Scottish Leaving Certificate Examination, 1952
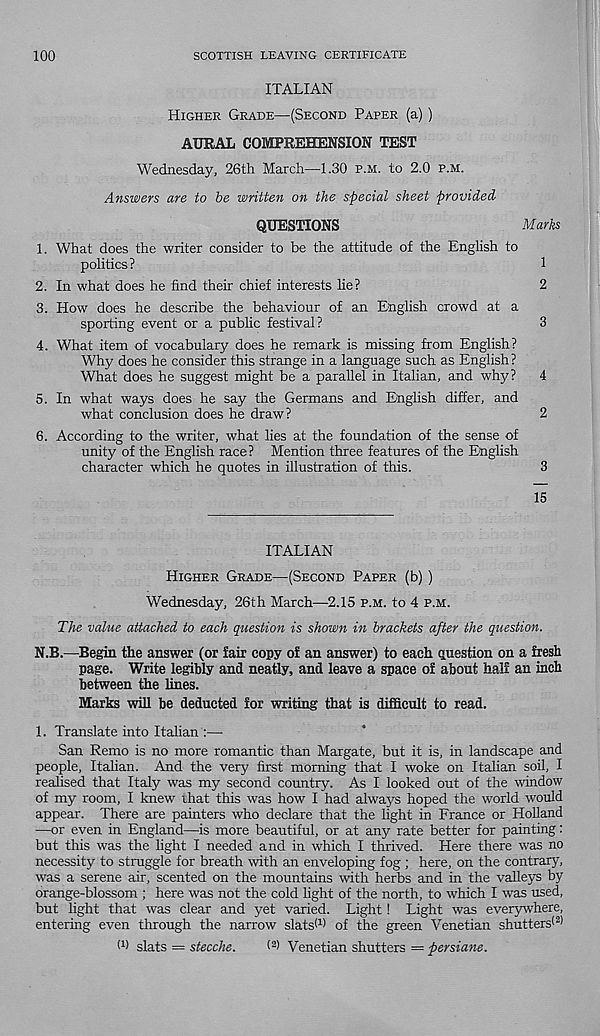
100
SCOTTISH LEAVING CERTIFICATE
ITALIAN
Higher Grade—(Second Paper (a) )
AURAL COMPREHENSION TEST
Wednesday, 26th March—1.30 p.m. to 2.0 p.m.
Answers are to be written on the special sheet provided
QUESTIONS
Marks
1. What does the writer consider to be the attitude of the English to
politics?
1
2. In what does he find their chief interests lie?
2
3. How does he describe the behaviour of an English crowd at a
sporting event or a public festival?
3
4. What item of vocabulary does he remark is missing from English?
Why does he consider this strange in a language such as English?
What does he suggest might be a parallel in Italian, and why? 4
5. In what ways does he say the Germans and English differ, and
what conclusion does he draw?
2
6. According to the writer, what lies at the foundation of the sense of
unity of the English race? Mention three features of the English
character which he quotes in illustration of this.
3
15
ITALIAN
Higher Grade—(Second Paper (b) )
Wednesday, 26th March—2.15 p.m. to 4 p.m.
The value attached to each question is shown in brackets after the question.
N.B.—Begin the answer (or fair copy of an answer) to each question on a fresh
page. Write legibly and neatly, and leave a space of about half an inch
between the lines.
Marks will be deducted for writing that is difficult to read.
1. Translate into Italian :—
San Remo is no more romantic than Margate, but it is, in landscape and
people, Italian. And the very first morning that I woke on Italian soil, I
realised that Italy was my second country. As I looked out of the window
of my room, I knew ihat this was how I had always hoped the world would
appear. There are painters who declare that the light in France or Holland
—or even in England—is more beautiful, or at any rate better for painting:
but this was the light I needed and in which I thrived. Here there was no
necessity to struggle for breath with an enveloping fog ; here, on the contrary,
was a serene air, scented on the mountains with herbs and in the valleys by
orange-blossom ; here was not the cold light of the north, to which I was used,
but light that was clear and yet varied. Light! Light was everywhere,
entering even through the narrow slats* 1 ) of the green Venetian shutters* 2 *
* l > slats = stecche.
* 2 ) Venetian shutters = persiane.